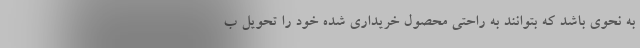
به نحوی باشد که بتوانند به راحتی محصول خریداری شده خود را تحویل ب